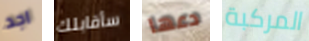
اجد سأقابلك دعها المركبة